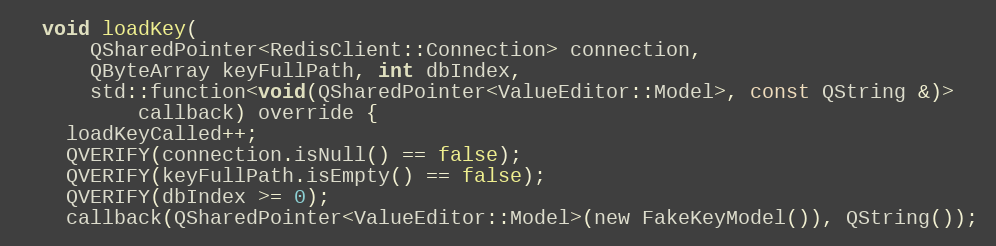
Language: C
  void loadKey(
      QSharedPointer<RedisClient::Connection> connection,
      QByteArray keyFullPath, int dbIndex,
      std::function<void(QSharedPointer<ValueEditor::Model>, const QString &)>
          callback) override {
    loadKeyCalled++;
    QVERIFY(connection.isNull() == false);
    QVERIFY(keyFullPath.isEmpty() == false);
    QVERIFY(dbIndex >= 0);
    callback(QSharedPointer<ValueEditor::Model>(new FakeKeyModel()), QString());